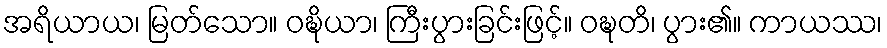
အရိယာယ၊ မြတ်သော။ ဝဍ္ဎိယာ၊ ကြီးပွားခြင်းဖြင့်။ ဝဍ္ဎတိ၊ ပွား၏။ ကာယဿ၊